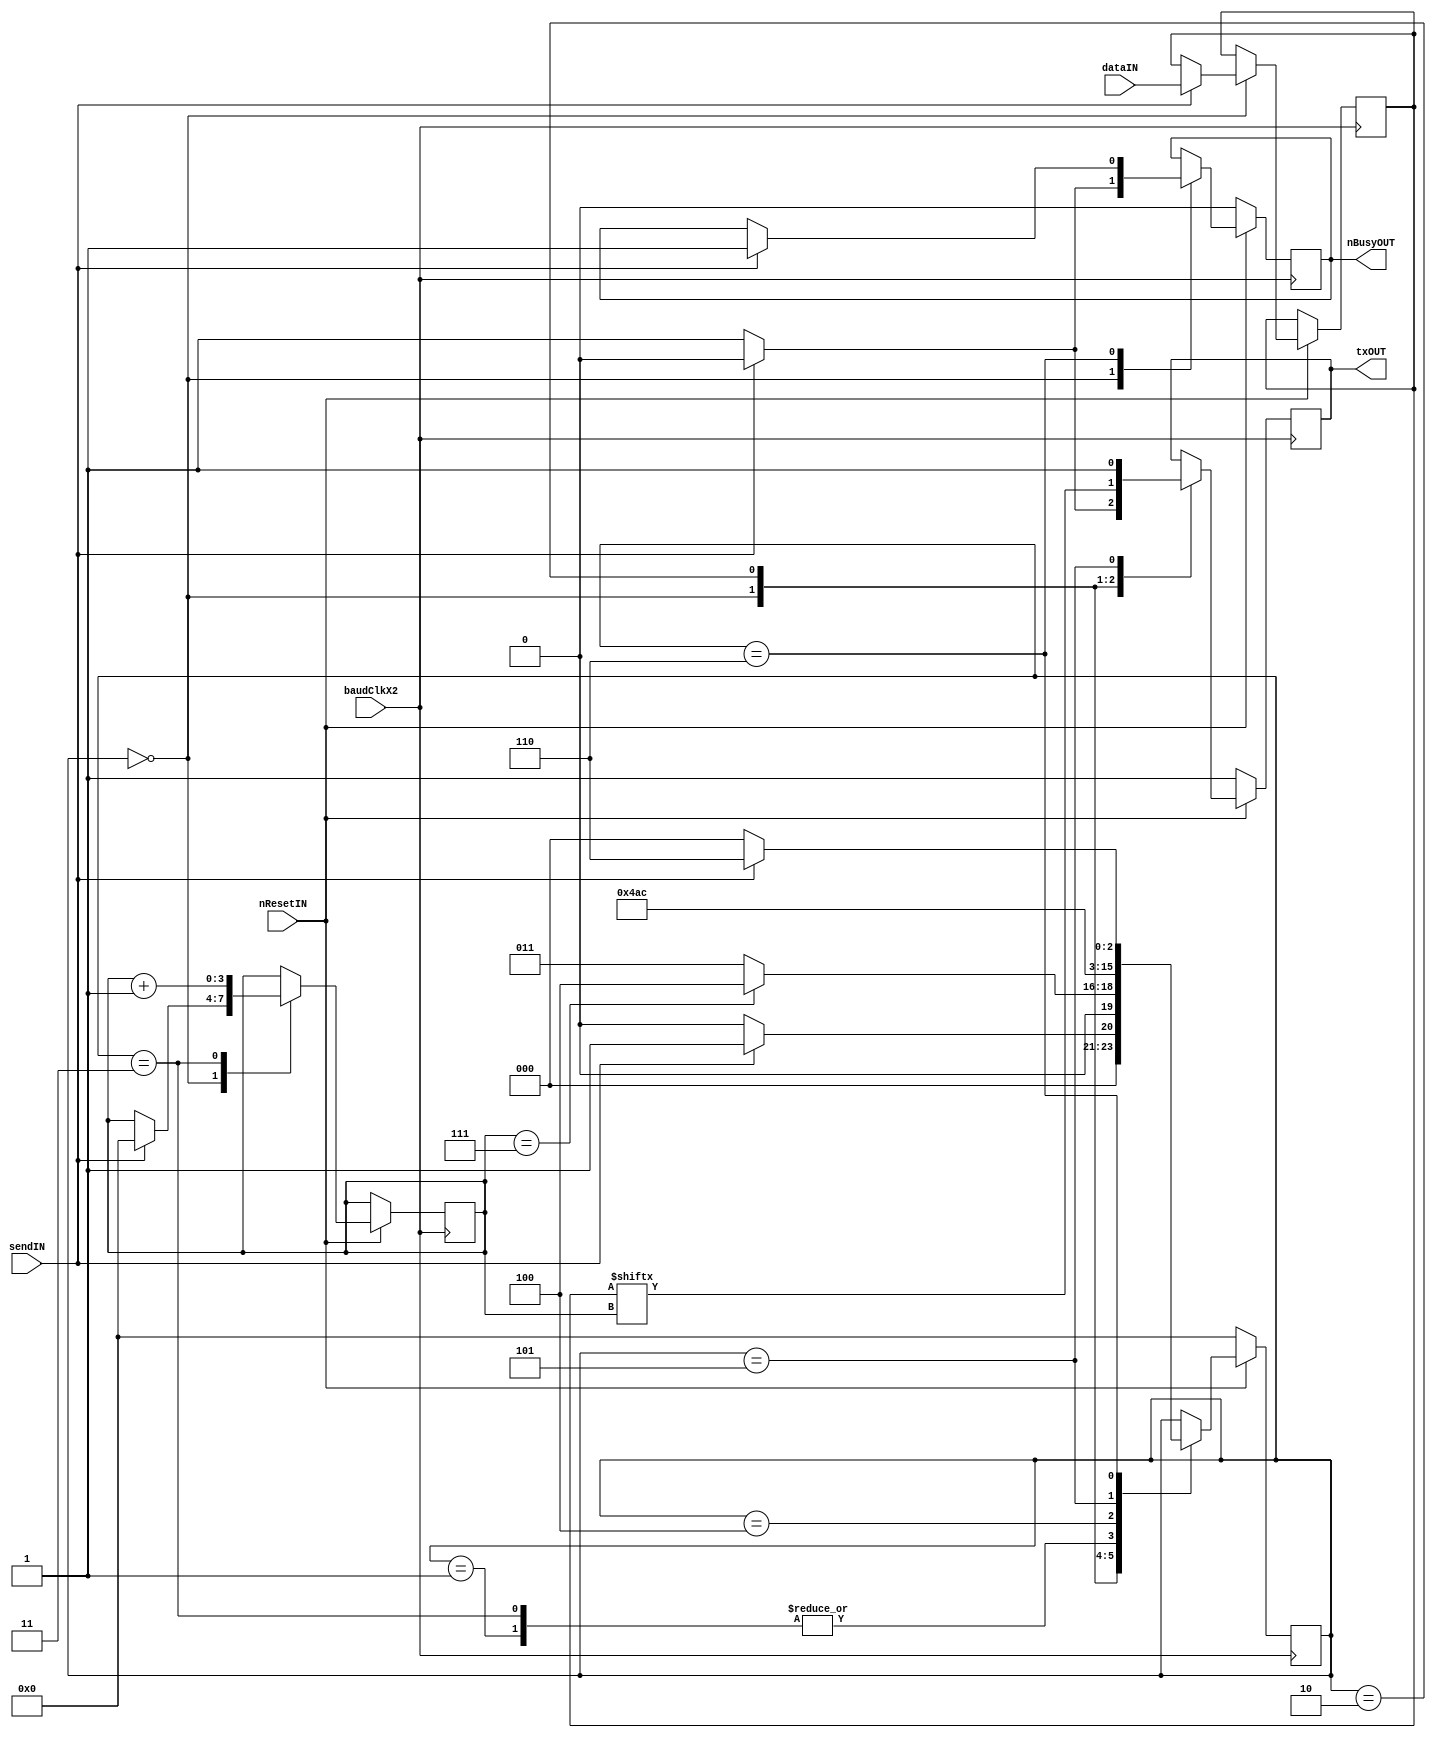
module UartTX(baudClkX2, nResetIN, dataIN, sendIN, txOUT, nBusyOUT);
input baudClkX2, nResetIN, sendIN;
input [7:0] dataIN;
output txOUT, nBusyOUT;

reg txOUT = 1'b1;
reg nBusyOUT = 1'b1;
reg [7:0] data;
reg [3:0] bitCnt;

`define READY    0
`define STARTBIT 1
`define SENDDATABIT 2
`define NEXTDATABIT 3
`define LASTDATABIT 4
`define STOPBIT 5
`define NEXTSTOPBIT 6
reg [3:0] state;

always @ (posedge baudClkX2)
	if (~nResetIN) begin
		txOUT <= 1'b1;
		nBusyOUT <= 1'b0;
		state <= `READY;
	end
	else case (state)
		`READY:
			if (~sendIN) begin
				txOUT <= 1'b1;
				nBusyOUT <= 1'b1;
				state <= `READY;
			end
			else begin
				txOUT <= 1'b0;
				nBusyOUT <= 1'b0;
				data <= dataIN;
				bitCnt <= 0;
				state <= `STARTBIT;
			end
		`STARTBIT: begin
				state <= `SENDDATABIT;
			end
		`SENDDATABIT: begin
				txOUT <= data[bitCnt];
				if (bitCnt == 7)
					state <= `LASTDATABIT;
				else
					state <= `NEXTDATABIT;
			end
		`NEXTDATABIT: begin
				bitCnt <= bitCnt + 1;
				state <= `SENDDATABIT;
			end
		`LASTDATABIT: begin
				state <= `STOPBIT;
			end
		`STOPBIT: begin
				txOUT <= 1'b1;
				state <= `NEXTSTOPBIT;
			end
		`NEXTSTOPBIT: begin
				if (sendIN) begin
					state <= `NEXTSTOPBIT;
					nBusyOUT <= 1'b1;
				end
				else
					state <= `READY;
			end
	endcase
	
endmodule